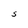
Character: S